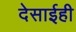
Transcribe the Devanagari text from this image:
देसाईही